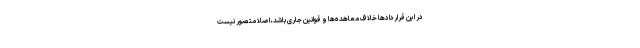
در این قراردادها خلاف معاهده‌ها و قوانین جاری باشد، اصلا متصور نیست